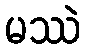
မဿဲ